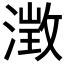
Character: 𪷁